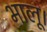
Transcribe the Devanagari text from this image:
भालू।